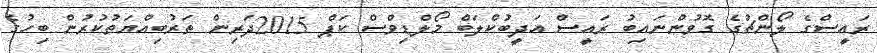
ރައީސްގެ ލޯންޗުގެ ގޮވުންނައިބު ރައީސް އަދީބުކްލަބް މޯލްޑިވްސް ކަޕް 2015ދަރިން ތަރުބިއްޔަތުކުރުން ބިހުގެ